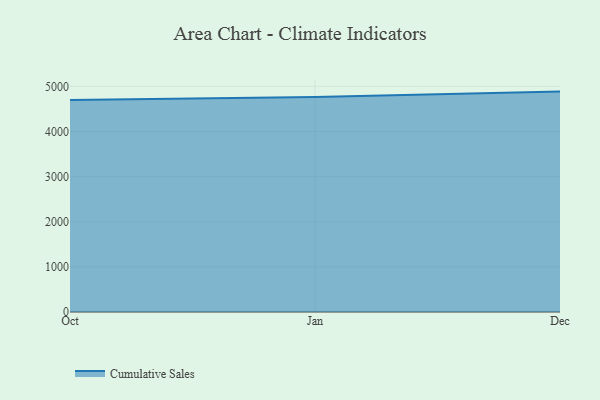
{"axis": {"x": "Month", "y": "Active Users"}, "legend": ["Cumulative Sales"], "data": [{"x": "Oct", "y": 4694.9, "type": "Cumulative Sales"}, {"x": "Jan", "y": 4761.6, "type": "Cumulative Sales"}, {"x": "Dec", "y": 4882.9, "type": "Cumulative Sales"}]}